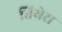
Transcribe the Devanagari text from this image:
तियेरा